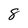
Character: 8